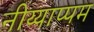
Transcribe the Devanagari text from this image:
नीय्याप्पम